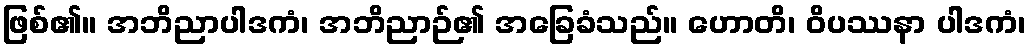
ဖြစ်၏။ အဘိညာပါဒကံ၊ အဘိညာဉ်၏ အခြေခံသည်။ ဟောတိ၊ ဝိပဿနာ ပါဒကံ၊